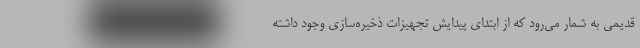
قدیمی به شمار می‌رود که از ابتدای پیدایش تجهیزات ذخیره‌سازی وجود داشته